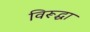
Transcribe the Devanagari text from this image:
विरूद्धा